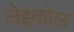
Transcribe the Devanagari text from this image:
लेइकोल